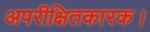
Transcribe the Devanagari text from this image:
अपरीक्षितकारक।